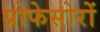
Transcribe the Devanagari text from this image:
प्रोफेसोरों